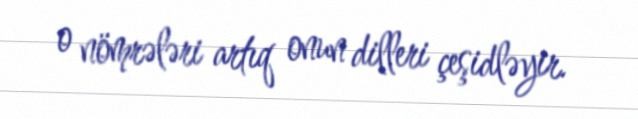
o nömrələri artıq onun dilleri çeşidləyir.